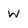
Character: w